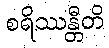
စရိဿန္တီတိ